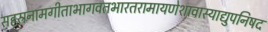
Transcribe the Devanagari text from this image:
सहस्रनामगीताभागवतभारतरामायणेशावास्याद्युपनिषद